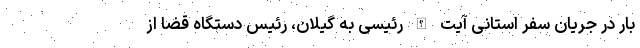
بار در جریان سفر استانی آیت الله رئیسی به گیلان، رئیس دستگاه قضا از